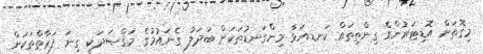
މިގޮތަށް އޮޑިޓަރުންގެ ގިންތިތައް ކަނޑއަޅާ މިންގަނޑުތަކަށް ބަދަލު ގެނައުމުގެ މަޤްޞަދަކީ ގިނަ ފަރާތްތަކަށް